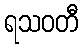
ရသဝတီ